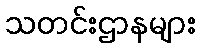
သတင်းဌာနများ